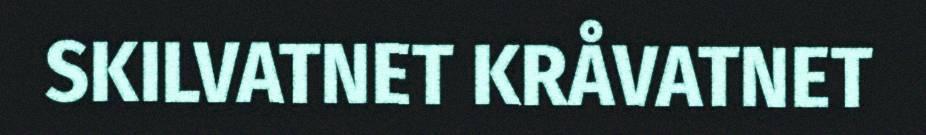
SKILVATNET KRÅVATNET